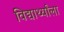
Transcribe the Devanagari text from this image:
विद्यार्थ्यांला